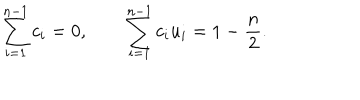
\sum _ { i = 1 } ^ { n - 1 } c _ { i } = 0 , \qquad \sum _ { i = 1 } ^ { n - 1 } c _ { i } u _ { i } = 1 - { \frac { n } { 2 } } .